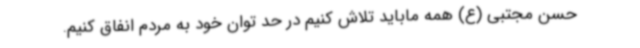
حسن مجتبی (ع) همه ماباید تلاش کنیم در حد توان خود به مردم انفاق کنیم.